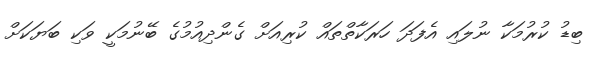
ބިޑު ކުރުމަކާ ނުލައި އެފަދަ ހަރަކާތްތައް ކުރިއަށް ގެންދިއުމުގެ ބޭނުމަކީ ވަކި ބަޔަކަށް